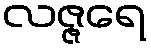
လဇ္ဇရေ